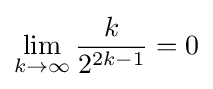
\lim _{k\to \infty }{\frac {k}{2^{2k-1}}}=0